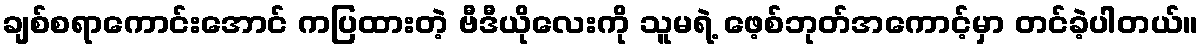
ချစ်စရာကောင်းအောင် ကပြထားတဲ့ ဗီဒီယိုလေးကို သူမရဲ့ ဖေ့စ်ဘုတ်အကောင့်မှာ တင်ခဲ့ပါတယ်။